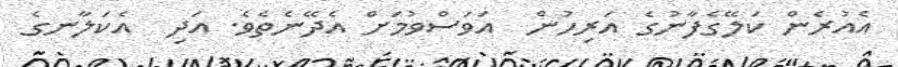
އެއުރެން ކަލޭގެފާނުގެ އަރިހުން  އަވަސްވުމަށް އެދޭނެތެވެ. އަދި  އެކަލާނގެ